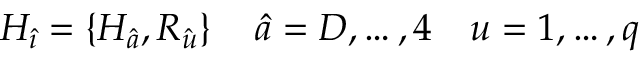
H _ { \hat { \imath } } = \{ H _ { \hat { a } } , R _ { \hat { u } } \} \, \quad \hat { a } = D , \dots , 4 \quad u = 1 , \dots , q